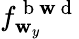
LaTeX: f_{\mathbf{w}_{y}}^{\mathrm{{~b~\mathbf{w}~d~}}}